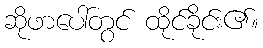
ဆိုဖာပေါ်တွင် ထိုင်ခိုင်း၏။